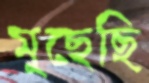
মুছেছি